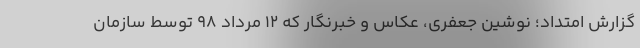
گزارش امتداد؛ نوشین جعفری، عکاس و خبرنگار که ۱۲ مرداد ۹۸ توسط سازمان